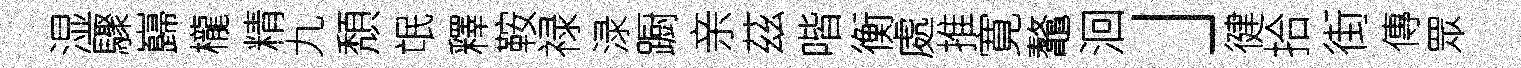
湿驟巋櫳精九頽氓釋鞍禄渌蹰亲茲喈衡處推寛鼇洄」徤拾街傳眾